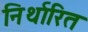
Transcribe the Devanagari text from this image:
निर्थारित